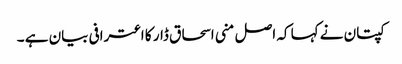
کپتان نے کہا کہ اصل منی اسحاق ڈار کا اعترافی بیان ہے ۔